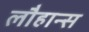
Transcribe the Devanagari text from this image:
लौहान्स